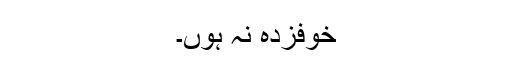
خوفزدہ نہ ہوں۔